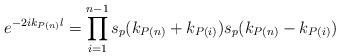
LaTeX: \begin{align*}e^{-2ik_{P(n)}l}=\prod_{i=1}^{n-1}s_p(k_{P(n)}+k_{P(i)})s_p(k_{P(n)}-k_{P(i)})\end{align*}